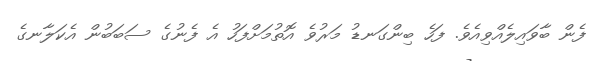
ފެން ބާވައިލެއްވިއެވެ. ފަހެ ބިންގަނޑު މަރުވެ އޮތުމަށްފަހު އެ ފެނުގެ ސަބަބުން އެކަލާނގެ